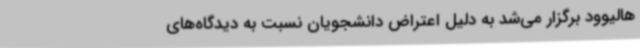
هالیوود برگزار می‌شد به دلیل اعتراض دانشجویان نسبت به دیدگاه‌های